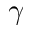
\gamma